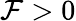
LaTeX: \mathcal{F}>0